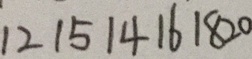
1 2 1 5 1 4 1 6 1 8 2 0